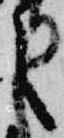
之